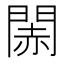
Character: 䦝